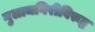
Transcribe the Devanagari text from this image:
गुलामगिरीविरूद्ध